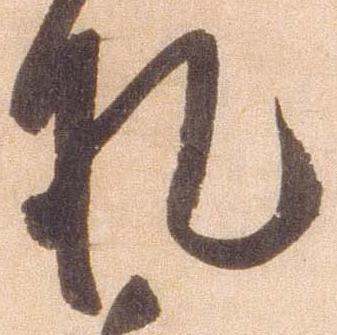
札